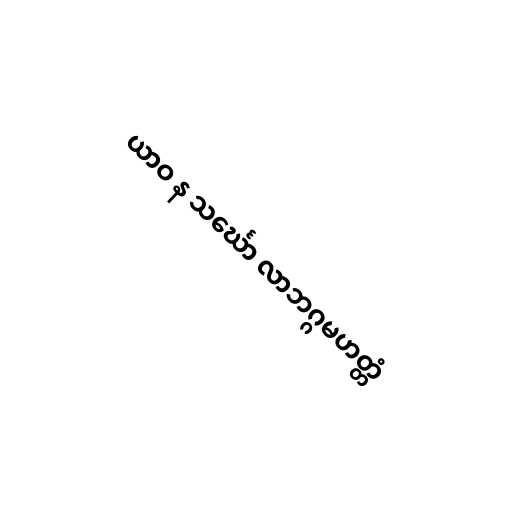
ယာဝ န သင်္ဃော လာဘဂ္ဂမဟတ္တံ